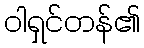
ဝါရှင်တန်၏